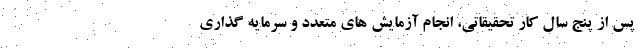
پس از پنج سال کار تحقیقاتی، انجام آزمایش های متعدد و سرمایه گذاری